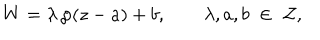
LaTeX: W = \lambda \, \wp ( z - a ) + b , \qquad \lambda , a , b \; \in \; { \cal Z } ,